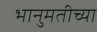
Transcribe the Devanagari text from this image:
भानुमतीच्या